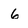
Character: 6